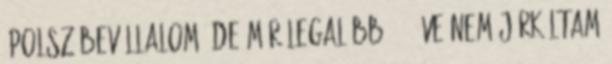
ápolsz bevállalom. de már legalább 215 éve nem járkáltam